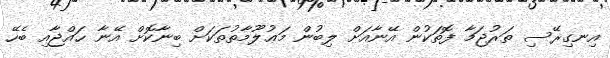
އިނގިރޭސި ތަރުޖަމާ ފޮތަކުން އޭނާއަށް ލިބުން މަޢުލޫމާތުތަކަށް ބިނާކޮށް އޭނާ ޙައްޖާއި ބެހޭ